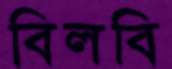
বিলবি